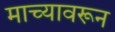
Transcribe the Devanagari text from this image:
माच्यावरून